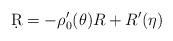
LaTeX: \begin{align*}\d R = -\rho'_0(\theta)R + R'(\eta)\end{align*}